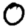
Digit: 0